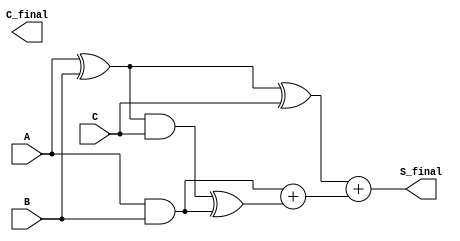
module CarrySaveAdder (
    input [31:0] A,      // First operand
    input [31:0] B,      // Second operand
    input [31:0] C,      // Third operand
    output [31:0] S_final, // Final sum output
    output [31:0] C_final  // Final carry output
);

    // Intermediate signals for partial sums and carries
    wire [31:0] S1, S2;   // Partial sums
    wire [31:0] C1, C2;   // Carry bits

    // Stage 1: Compute partial sum and carry for A and B
    assign S1 = A ^ B;     // Partial sum S1 = A XOR B
    assign C1 = A & B;     // Carry C1 = A AND B

    // Stage 2: Combine S1 with C to get S2 and C2
    assign S2 = S1 ^ C;    // Partial sum S2 = S1 XOR C
    assign C2 = (S1 & C) ^ C1; // Carry C2 = (S1 AND C) XOR C1

    // Final carry calculation
    wire [31:0] C_final_temp; // Temporary carry for final addition
    assign C_final_temp = C1 + C2; // Final carry = C1 + C2

    // Final sum calculation
    assign S_final = S2 + C_final_temp; // Final sum = S2 + C_final

endmodule